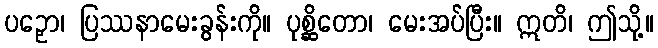
ပဉှော၊ ပြဿနာမေးခွန်းကို။ ပုစ္ဆိတော၊ မေးအပ်ပြီး။ ဣတိ၊ ဤသို့။